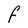
Character: F